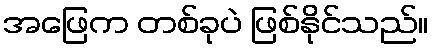
အဖြေက တစ်ခုပဲ ဖြစ်နိုင်သည်။